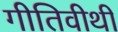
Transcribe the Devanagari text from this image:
गीतिवीथी